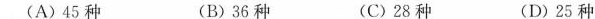
(A)45种 (B)36种 (C)28种 (D)25种